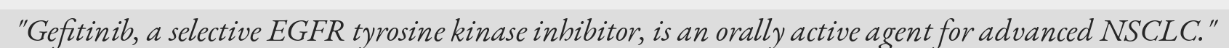
"Gefitinib, a selective EGFR tyrosine kinase inhibitor, is an orally active agent for advanced NSCLC."